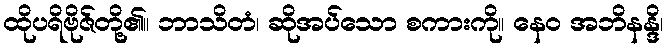
ထိုပရိဗိုဇ်တို့၏။ ဘာသိတံ၊ ဆိုအပ်သော စကားကို။ နေဝ အဘိနန္ဒိ၊